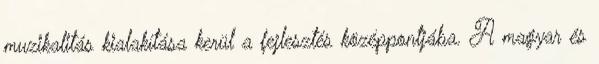
muzikalitás kialakítása kerül a fejlesztés középpontjába. A magyar és